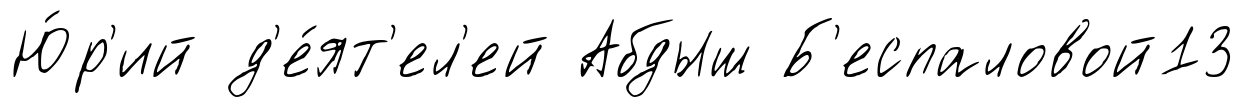
Ю́р'ий д'е́ят'ел'ей Абдыш Б'еспаловой13